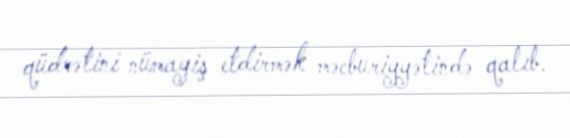
qüdrətini nümayiş etdirmək məcburiyyətində qalıb.